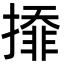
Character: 㩑